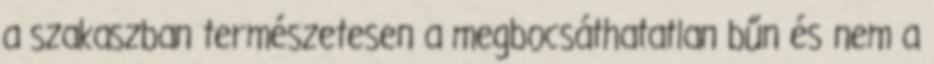
a szakaszban természetesen a megbocsáthatatlan bűn és nem a